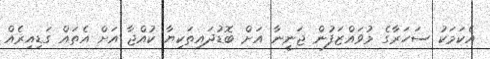
އެކަމަކު ސަހަރާގެ މުވައްޒަފުން ޖަނީނާ އަށް ބޮޑުދައިތަކިޔާ ކުއްޖާ އަށް އެތައް ގަޑިއިރެއް